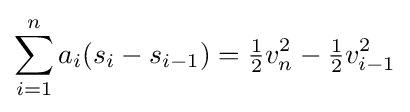
\sum _{i=1}^{n}a_{i}(s_{i}-s_{i-1})={\tfrac {1}{2}}v_{n}^{2}-{\tfrac {1}{2}}v_{i-1}^{2}